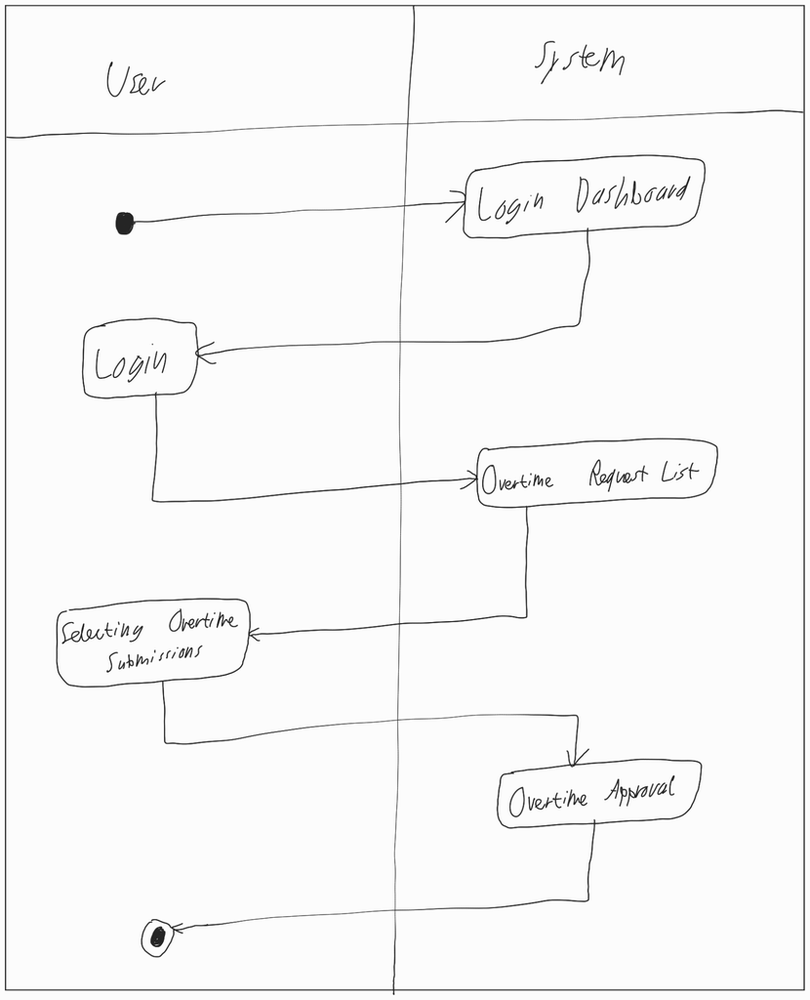
Diagram type: activity_diagram
```plantuml
@startuml

|User|

start

|System|

:Login Dashboard;

|User|

:Login;

|System|

:Overtime Request List;

|User|

:Selecting Overtime Submissions;

|System|

:Overtime Approval;

|User|

stop

@enduml
```